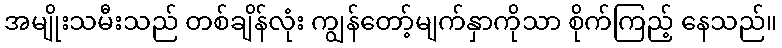
အမျိုးသမီးသည် တစ်ချိန်လုံး ကျွန်တော့်မျက်နှာကိုသာ စိုက်ကြည့် နေသည်။